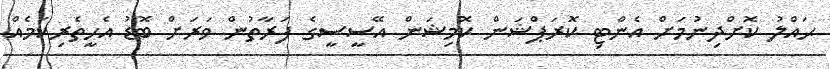
ޙައްލު ކޮށްދިނުމަށް އެންޓި ކޮރަޕްޝަން ކޮމިޝަން އޭސީސީގެ ފަރާތުން ވަރަށް ބޮޑު އެހީތެރިކަމެއް